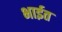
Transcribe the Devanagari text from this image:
भाईत